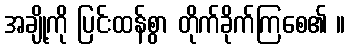
အချို့ကို ပြင်းထန်စွာ တိုက်ခိုက်ကြစေ၏ ။